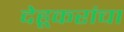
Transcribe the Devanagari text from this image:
देहूकरांचा